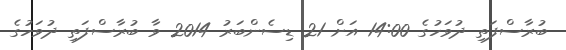
ބުރާސްފަތި ދުވަހުގެ 14:00 އަށް 21 ޑިސެންބަރު 2014 ވާ ބުރާސްފަތި ދުވަހުގެ